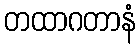
တထာဂတာနံ